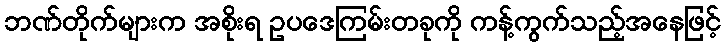
ဘဏ်တိုက်များက အစိုးရ ဥပဒေကြမ်းတခုကို ကန့်ကွက်သည့်အနေဖြင့်